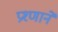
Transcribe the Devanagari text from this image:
प्रश्णाने